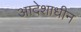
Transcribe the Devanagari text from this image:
आदेशाधीन